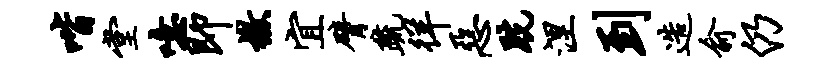
喈堂噫即檄宜臂疏徉恶跣涅到造俞仍